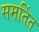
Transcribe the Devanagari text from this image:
समर्तित